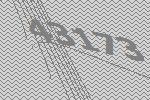
43173